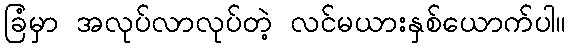
ခြံမှာ အလုပ်လာလုပ်တဲ့ လင်မယားနှစ်ယောက်ပါ။